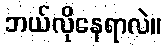
ဘယ်လိုနေရာလဲ။